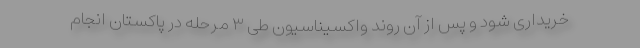
خریداری شود و پس از آن روند واکسیناسیون طی ۳ مرحله در پاکستان انجام